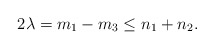
\begin{align*}2\lambda=m_1-m_3\le n_1+n_2.\end{align*}